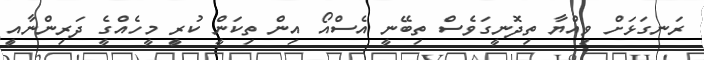
ރަނގަޅަށް ވިއްޔާ ތިދޮނީގަވެސް ތިބޭނީ އެސްއޯ އިން ތިކަންީ ކުރިީ މީހެއްގެީ ދަރިންނާއިީ